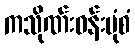
ကသိုဏ်းဝန်းပုံစံ